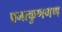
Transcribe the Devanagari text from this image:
प्रमत्कुणगण